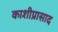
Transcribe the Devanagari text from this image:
काशीप्रासाद